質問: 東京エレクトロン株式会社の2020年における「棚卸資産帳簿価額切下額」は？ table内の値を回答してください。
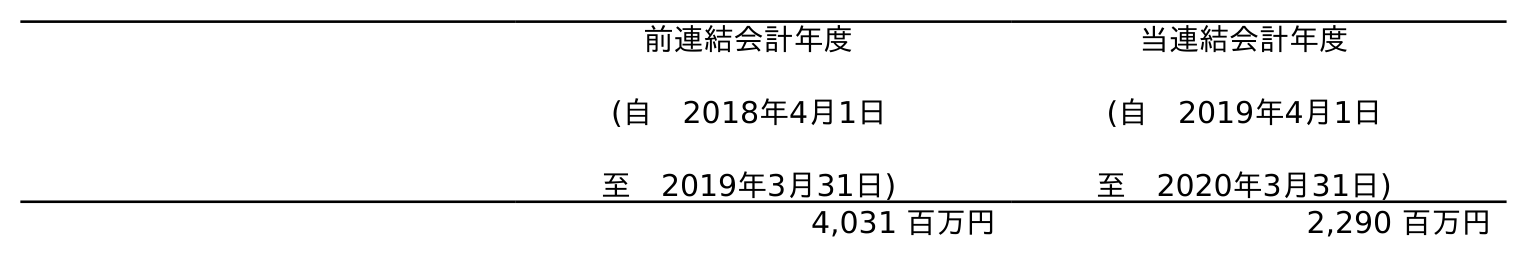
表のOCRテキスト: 前連結会計年度 (自 2018年4月1日 至 2019年3月31日) 当連結会計年度 (自 2019年4月1日 至 2020年3月31日) 4,031 百万円 2,290 百万円
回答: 2,290百万円